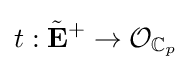
t:{\tilde {\mathbf {E} }}^{+}\to {\mathcal {O}}_{\mathbb {C} _{p}}